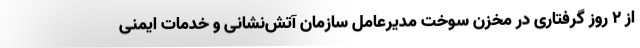
از 2 روز گرفتاری در مخزن سوخت مدیرعامل سازمان آتش‌نشانی و خدمات ایمنی